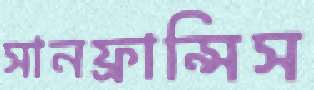
সানফ্রান্সিস